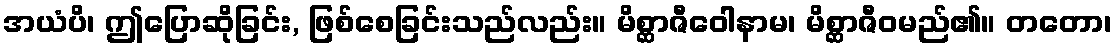
အယံပိ၊ ဤပြောဆိုခြင်း, ဖြစ်စေခြင်းသည်လည်း။ မိစ္ဆာဇီဝေါနာမ၊ မိစ္ဆာဇီဝမည်၏။ တတော၊